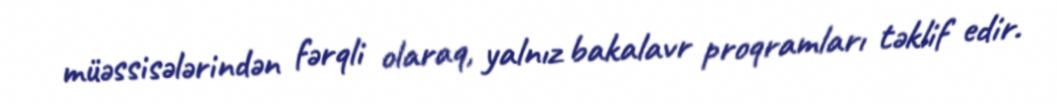
müəssisələrindən fərqli olaraq, yalnız bakalavr proqramları təklif edir.